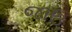
જાઉ